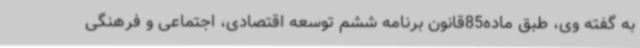
به گفته وی، طبق ماده85قانون برنامه ششم توسعه اقتصادی، اجتماعی و فرهنگی